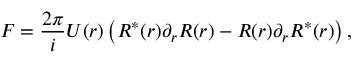
{ \cal F } = \frac { 2 \pi } { i } U ( r ) \left( R ^ { \ast } ( r ) \partial _ { r } R ( r ) - R ( r ) \partial _ { r } R ^ { \ast } ( r ) \right) ,